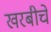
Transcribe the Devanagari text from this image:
खरबीचे